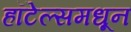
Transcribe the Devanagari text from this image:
हॉटेल्समधून